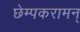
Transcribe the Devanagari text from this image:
छेम्पकरामन्